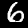
Label: 6